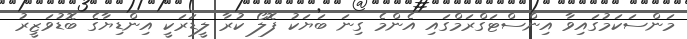
މަންސަކަމުގައިވާ އިންސްޓަގްރަމްގައި އެންމެ ގިނަ ބަޔަކު ފޮލޯ ކުރާ ލީޑަރަކީ އިންޑިޔާގެ ބޮޑުވަޒީރު